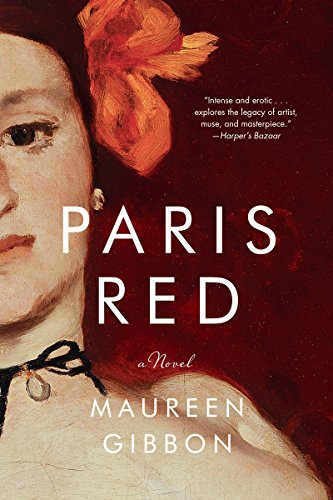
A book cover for Paris Red: A Novel; Maureen Gibbon; Romance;